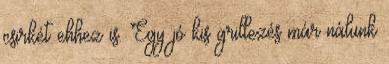
csirkét ehhez is. Egy jó kis grillezés már nálunk